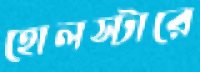
হোলস্টারে